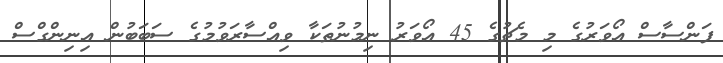
ފަންސާސް އޯވަރުގެ މި މެޗުގެ 45 އޯވަރު ނިމުނުތަކާ ވިއްސާރަވުމުގެ ސަބަބުން އިނިންގްސް